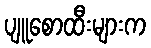
ပျူစောထီးများက